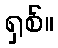
ရှစ်။